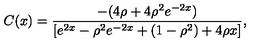
C ( x ) = \frac { - ( 4 \rho + 4 \rho ^ { 2 } e ^ { - 2 x } ) } { [ e ^ { 2 x } - \rho ^ { 2 } e ^ { - 2 x } + ( 1 - \rho ^ { 2 } ) + 4 \rho x ] } ,